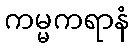
ကမ္မကရာနံ